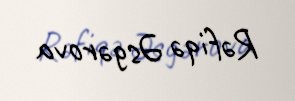
Rəfiqə Əsgərova